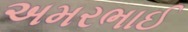
અમરભાઈ